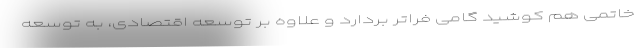
خاتمی هم کوشید گامی فراتر بردارد و علاوه بر توسعه اقتصادی، به توسعه